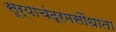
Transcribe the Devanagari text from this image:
सूर्याचंद्रमसौधाता